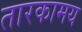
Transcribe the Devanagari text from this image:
तारकामय